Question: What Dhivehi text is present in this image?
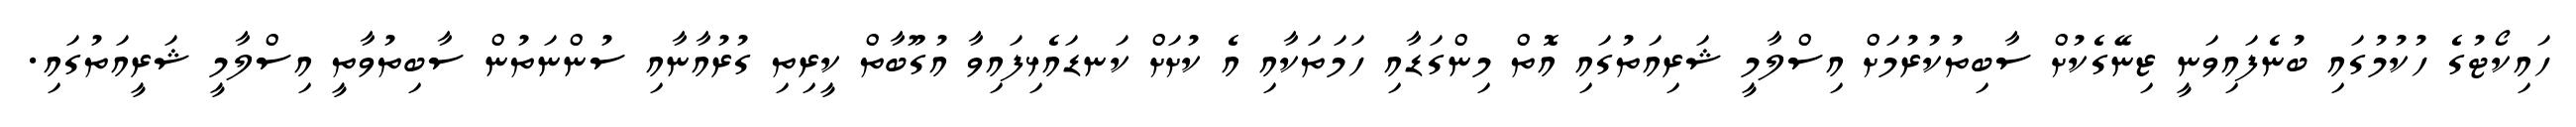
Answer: ހައިކޯޓުގެ ހުކުމުގައި ބުނެފައިވަނީ ޒިނޭގެކުށް ސާބިތުކުރުމަށް އިސްލާމީ ޝަރިއަތުގައި އޮތް މިންގަޑާއި ހަމަތަކާއި އެ ކުށަށް ކަނޑައެޅިފައިވާ އުގޫބާތް ކީރިތި ގުރުއާނާއި ސުންނަތުން ސާބިތުވާތީ އިސްލާމީ ޝަރީއަތުގައި.